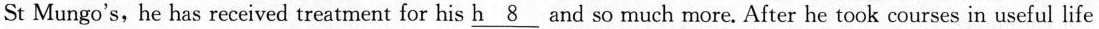
St Mungo's, he has received treatment for his \underline{h 8} and so much more. After he took courses in useful life